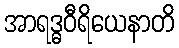
အာရဒ္ဓဝီရိယေနာတိ